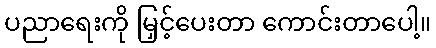
ပညာရေးကို မြှင့်ပေးတာ ကောင်းတာပေါ့။